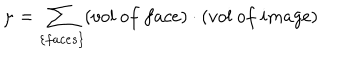
\mu = \sum _ { \{ f a c e s \} } ( v o l ~ o f ~ f a c e ) \cdot ( v o l ~ o f ~ i m a g e )